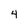
Character: 4